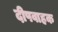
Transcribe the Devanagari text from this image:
दीपवाहक